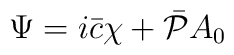
\Psi = i\bar c \chi + \bar {\cal P} A_0